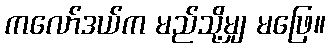
ကလော်ဒယ်က မည်သို့မျှ မဖြေ။